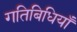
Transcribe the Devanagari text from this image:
गतिबिधियाँ